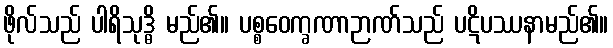
ဖိုလ်သည် ပါရိသုဒ္ဓိ မည်၏။ ပစ္စဝေက္ခဏာဉာဏ်သည် ပဋိပဿနာမည်၏။